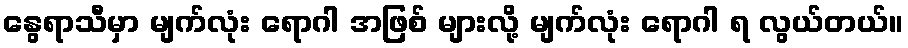
နွေရာသီမှာ မျက်လုံး ရောဂါ အဖြစ် များလို့ မျက်လုံး ရောဂါ ရ လွယ်တယ်။